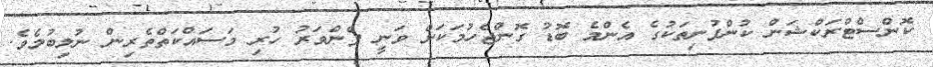
ކޮންސްޓްރަކްޝަން ކުންފުނިތަކުގެ އެންމެ ބޮޑު ގޮންޖެހުމަކަށް ވަނީ ފެންވަރު ހުރި މަސައްކަތްތެރިން ނުލިބުމެވެ.